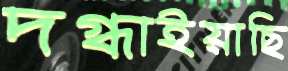
দগ্ধাইয়াছি